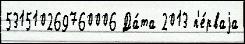
531510269760006 Да́та 2013 п'е́рваjа